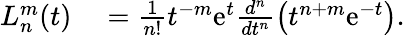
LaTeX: \begin{array}{rl}{L_{n}^{m}(t)}&{{}=\frac{1}{n!}t^{-m}\mathrm{e}^{t}\frac{d^{n}}{dt^{n}}\left(t^{n+m}\mathrm{e}^{-t}\right).}\end{array}